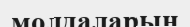
молдаларын